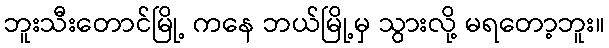
ဘူးသီးတောင်မြို့ ကနေ ဘယ်မြို့မှ သွားလို့ မရတော့ဘူး။